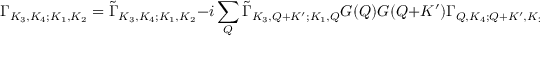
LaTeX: \Gamma _ { K _ { 3 } , K _ { 4 } ; K _ { 1 } , K _ { 2 } } = { \tilde { \Gamma } } _ { K _ { 3 } , K _ { 4 } ; K _ { 1 } , K _ { 2 } } - i \sum _ { Q } { \tilde { \Gamma } } _ { K _ { 3 } , Q + K ^ { \prime } ; K _ { 1 } , Q } G ( Q ) G ( Q + K ^ { \prime } ) \Gamma _ { Q , K _ { 4 } ; Q + K ^ { \prime } , K _ { 2 } }